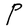
Character: P